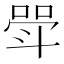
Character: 斝